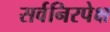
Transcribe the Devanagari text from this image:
सर्वनिरपेक्ष